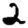
Digit: 2